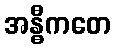
အန္ဓီကတေ